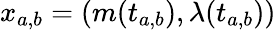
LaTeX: x_{a,b}=(m(t_{a,b}),\lambda(t_{a,b}))